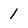
Character: 1